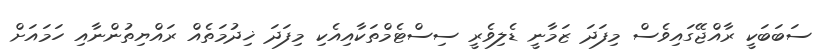
ސަބަބަކީ ރާއްޖޭގައިވެސް މިފަދަ ޒަމާނީ ޑެލިވެރީ ސިސްޓެމްތަކާއިއެކި މިފަދަ ޚިދުމަތެއް ރައްޔިތުންނާއި ހަމައަށް